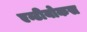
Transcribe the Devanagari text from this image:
एन्टीयोकस